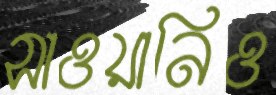
সাওয়ানিও